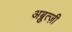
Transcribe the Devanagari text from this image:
अब्रुत्ज़ी